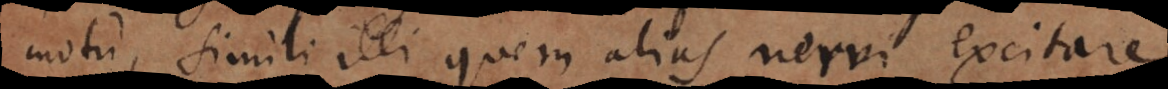
motu, simili illi quem alias nervi excitare